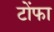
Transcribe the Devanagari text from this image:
टोंफा